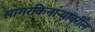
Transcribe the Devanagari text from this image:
सागरकिनाऱ्यावरील